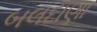
બલદાણા